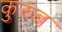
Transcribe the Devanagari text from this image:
कुरुंब